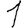
Digit: 1